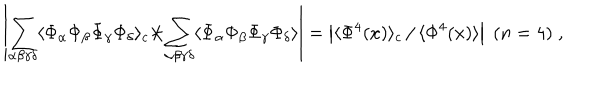
\left| \sum _ { \alpha \beta \gamma \delta } \langle \Phi _ { \alpha } \Phi _ { \beta } \Phi _ { \gamma } \Phi _ { \delta } \rangle _ { c } \left. \right/ \sum _ { \alpha \beta \gamma \delta } \langle \Phi _ { \alpha } \Phi _ { \beta } \Phi _ { \gamma } \Phi _ { \delta } \rangle \right| = \left| \langle \Phi ^ { 4 } ( x ) \rangle _ { c } \left. \right/ \langle \Phi ^ { 4 } ( x ) \rangle \right| \; ( n = 4 ) \; ,